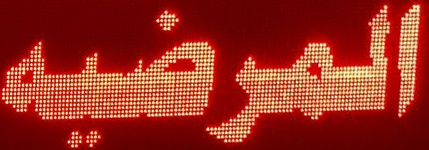
المرضيه